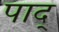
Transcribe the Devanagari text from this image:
पाद्